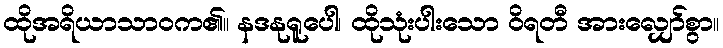
ထိုအရိယာသာဝက၏။ နဒနုရူပေါ၊ ထိုသုံးပါးသော ဝိရတီ အားလျှော်စွာ။